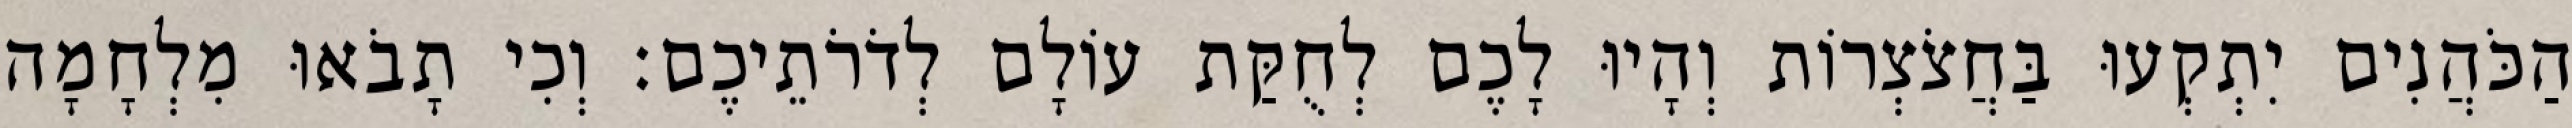
הַכֹּהֲנִים יִתְקְעוּ בַּחֲצֹצְרוֹת וְהָיוּ לָכֶם לְחֻקַּת עוֹלָם לְדֹרֹתֵיכֶם׃ וְכִי תָבֹאוּ מִלְחָמָה